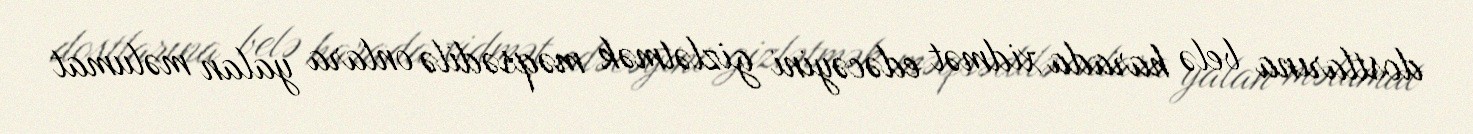
dostlarına belə harada xidmət edəcəyini gizlətmək məqsədilə onlara yalan məlumat